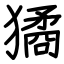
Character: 獝